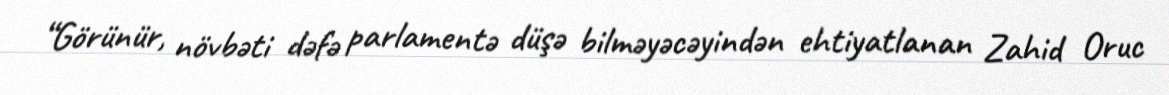
“Görünür, növbəti dəfə parlamentə düşə bilməyəcəyindən ehtiyatlanan Zahid Oruc